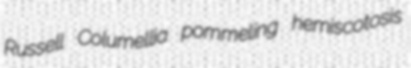
Russell Columellia pommeling hemiscotosis